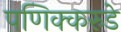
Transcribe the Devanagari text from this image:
पणिक्करुडे